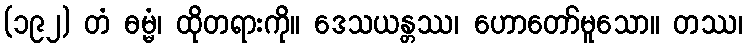
(၁၉၂) တံ ဓမ္မံ၊ ထိုတရားကို။ ဒေသယန္တဿ၊ ဟောတော်မူသော။ တဿ၊